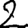
Digit: 2